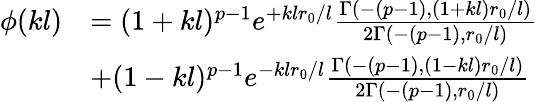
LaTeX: \begin{array}{rl}{\phi(kl)}&{=(1+kl)^{p-1}e^{+klr_{0}/l}\frac{\Gamma\left(-(p-1),(1+kl)r_{0}/l\right)}{2\Gamma\left(-(p-1),r_{0}/l\right)}}\\ &{+(1-kl)^{p-1}e^{-klr_{0}/l}\frac{\Gamma\left(-(p-1),(1-kl)r_{0}/l\right)}{2\Gamma\left(-(p-1),r_{0}/l\right)}}\end{array}